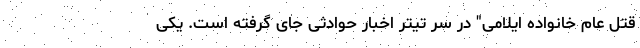
قتل عام خانواده ایلامی" در سر تیتر اخبار حوادثی جای گرفته است. یکی